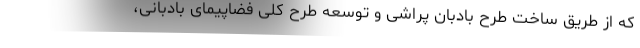
که از طریق ساخت طرح بادبان پراشی و توسعه طرح کلی فضاپیمای بادبانی،